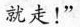
就走!”